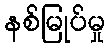
နစ်မြုပ်မှု